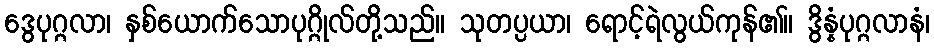
ဒွေပုဂ္ဂလာ၊ နှစ်ယောက်သောပုဂ္ဂိုလ်တို့သည်။ သုတပ္ပယာ၊ ရောင့်ရဲလွယ်ကုန်၏။ ဒွိန္နံပုဂ္ဂလာနံ၊